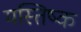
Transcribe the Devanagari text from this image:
मस्‍तिष्क